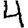
Digit: 4